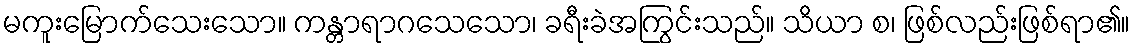
မကူးမြောက်သေးသော။ ကန္တာရာဂသေသော၊ ခရီးခဲအကြွင်းသည်။ သိယာ စ၊ ဖြစ်လည်းဖြစ်ရာ၏။